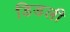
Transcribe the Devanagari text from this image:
डिडली